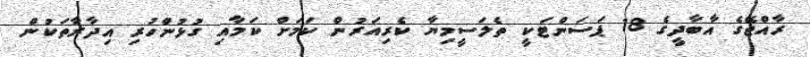
ރާއްޖޭގެ އާބާދީގެ 18 ޕަސަންޓަކީ ތެލަސީމިޔާ ކެރިއަރުން ކަމަށް ކަމާއި ގުޅުންހުރި އިދާރާތަކުން